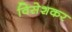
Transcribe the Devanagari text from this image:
विसेशकर